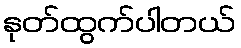
နုတ်ထွက်ပါတယ်